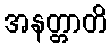
အနတ္တာတိ